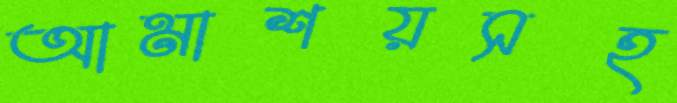
আমাশয়সহ